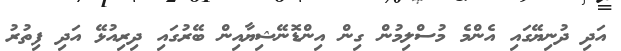
އަދި ދުނިޔޭގައި އެންމެ މުސްލިމުން ގިން އިންޑޮނޭޝިޔާއިން ބޭރުގައި ދިރިއުޅޭ އަދި ފިތުރު